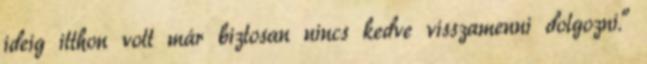
ideig itthon volt már biztosan nincs kedve visszamenni dolgozni."